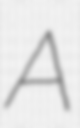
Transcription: A